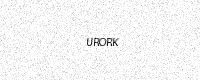
Text: URORK